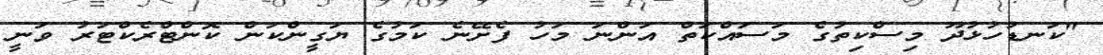
"ކަނޑުހުޅުދޫ މިސްކިތުގެ މަސައްކަތް އަންނަ މަހު ފެށޭނެ ކަމުގެ ޔަގީންކަން ކޮންޓްރެކްޓަރު ވަނީ